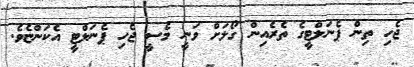
ޖެހި ތިން ޕެނަލްޓީގެ ތެރެއިން ގޯލަށް ވަނީ މެސީ ޖެހި ޕެނަލްޓީ އެކަންޏެވެ.